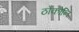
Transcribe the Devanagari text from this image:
ठोकोनि